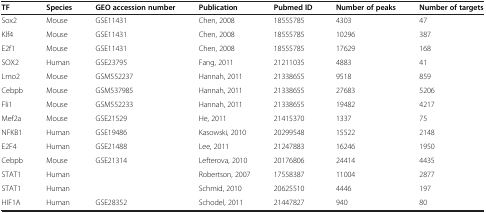
<table><thead><tr><td><b>TF</b></td><td><b>Species</b></td><td><b>GEO accession number</b></td><td><b>Publication</b></td><td><b>Pubmed ID</b></td><td><b>Number of peaks</b></td><td><b>Number of targets</b></td></tr></thead><tbody><tr><td>Sox2</td><td>Mouse</td><td>GSE11431</td><td>Chen, 2008</td><td>18555785</td><td>4303</td><td>47</td></tr><tr><td>Klf4</td><td>Mouse</td><td>GSE11431</td><td>Chen, 2008</td><td>18555785</td><td>10296</td><td>387</td></tr><tr><td>E2f1</td><td>Mouse</td><td>GSE11431</td><td>Chen, 2008</td><td>18555785</td><td>17629</td><td>168</td></tr><tr><td>SOX2</td><td>Human</td><td>GSE23795</td><td>Fang, 2011</td><td>21211035</td><td>4883</td><td>41</td></tr><tr><td>Lmo2</td><td>Mouse</td><td>GSM552237</td><td>Hannah, 2011</td><td>21338655</td><td>9518</td><td>859</td></tr><tr><td>Cebpb</td><td>Mouse</td><td>GSM537985</td><td>Hannah, 2011</td><td>21338655</td><td>27683</td><td>5206</td></tr><tr><td>Fli1</td><td>Mouse</td><td>GSM552233</td><td>Hannah, 2011</td><td>21338655</td><td>19482</td><td>4217</td></tr><tr><td>Mef2a</td><td>Mouse</td><td>GSE21529</td><td>He, 2011</td><td>21415370</td><td>1337</td><td>75</td></tr><tr><td>NFKB1</td><td>Human</td><td>GSE19486</td><td>Kasowski, 2010</td><td>20299548</td><td>15522</td><td>2148</td></tr><tr><td>E2F4</td><td>Human</td><td>GSE21488</td><td>Lee, 2011</td><td>21247883</td><td>16246</td><td>1950</td></tr><tr><td>Cebpb</td><td>Mouse</td><td>GSE21314</td><td>Lefterova, 2010</td><td>20176806</td><td>24414</td><td>4435</td></tr><tr><td>STAT1</td><td>Human</td><td> </td><td>Robertson, 2007</td><td>17558387</td><td>11004</td><td>2877</td></tr><tr><td>STAT1</td><td>Human</td><td> </td><td>Schmid, 2010</td><td>20625510</td><td>4446</td><td>197</td></tr><tr><td>HIF1A</td><td>Human</td><td>GSE28352</td><td>Schodel, 2011</td><td>21447827</td><td>940</td><td>80</td></tr></tbody></table>